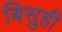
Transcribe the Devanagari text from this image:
बिसुही